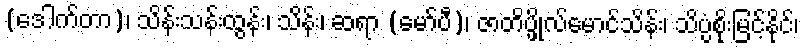
(ဒေါက်တာ)၊ သိန်းသန်းထွန်း၊ သိန်း၊ ဆရာ (မော်ပီ)၊ ဇာတိပ္ဖိုလ်မောင်သိန်း၊ သိပ္ပံစိုးမြင့်နိုင်၊